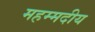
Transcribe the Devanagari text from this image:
महम्मदीय